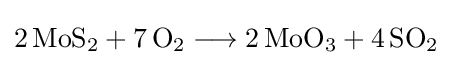
{2\,\mathrm {MoS} {\vphantom {A}}_{\smash[{t}]{2}}{}+{}7\,\mathrm {O} {\vphantom {A}}_{\smash[{t}]{2}}{}\mathrel {\longrightarrow } {}2\,\mathrm {MoO} {\vphantom {A}}_{\smash[{t}]{3}}{}+{}4\,\mathrm {SO} {\vphantom {A}}_{\smash[{t}]{2}}}